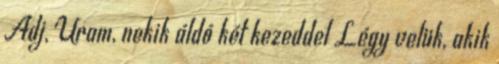
Adj, Uram, nekik áldó két kezeddel Légy velük, akik